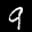
Label: 9